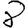
Digit: 8